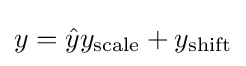
y={\hat {y}}y_{\text{scale}}+y_{\text{shift}}